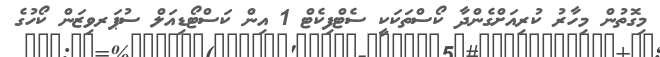
މިގޮތުން މިހާރު ކުރިއަށްގެންދާ ކޯސްތަކަކީ ސެޓްފިކެޓް 1 އިން ކަސްޓޯޑިއަލް ސުޕަރވިޒަން ކޯހުގެ